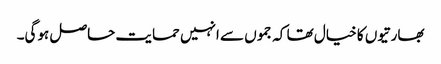
بھارتیوں کا خیال تھا کہ جموں سے انہیں حمایت حاصل ہوگی۔